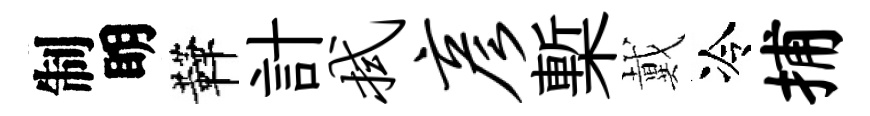
制眀鞾計拭彦槧戴冷捕